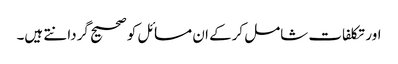
اور تکلفات شامل کرکے ان مسائل کو صحیح گردانتے ہیں۔